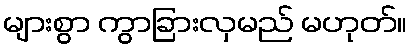
များစွာ ကွာခြားလှမည် မဟုတ်။